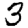
Digit: 3